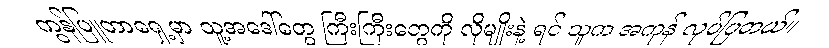
ကွန်ပြူတာရှေ့မှာ သူ့အဒေါ်တွေ ကြီးကြီးတွေကို လိုမျိုးနဲ့ ရင် သူက အကုန် လုပ်ပြတယ်။